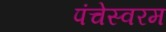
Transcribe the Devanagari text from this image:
पंचेस्वरम